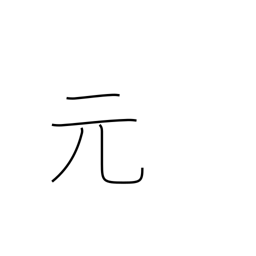
Meaning: former time